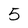
Character: 5